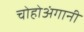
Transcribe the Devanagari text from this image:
चोहोअंगानी